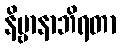
နိဗ္ဗာနာဘိရတာ